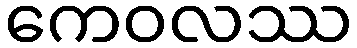
ကေဝလဿ